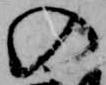
の